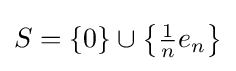
S=\{0\}\cup \left\{{\tfrac {1}{n}}e_{n}\right\}